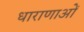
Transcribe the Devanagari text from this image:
धाराणाआें